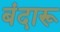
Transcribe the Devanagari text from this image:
बंदारू